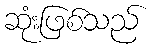
ဆုံးဖြစ်သည်